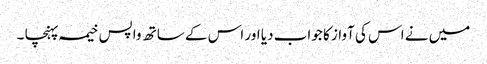
میں نے اس کی آواز کا جواب دیا اور اس کے ساتھ واپس خیمہ پہنچا ۔